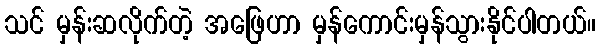
သင် မှန်းဆလိုက်တဲ့ အဖြေဟာ မှန်ကောင်းမှန်သွားနိုင်ပါတယ်။